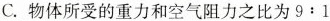
C.物体所受的重力和空气阻力之比为$$9:1$$